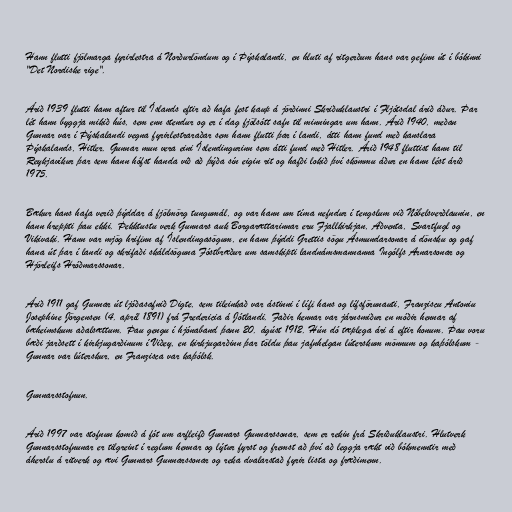
Hann flutti fjölmarga fyrirlestra á Norðurlöndum og í Þýskalandi, en hluti af ritgerðum hans var gefinn út í bókinni
"Det Nordiske rige".

Árið 1939 flutti hann aftur til Íslands eftir að hafa fest kaup á jörðinni Skriðuklaustri í Fljótsdal árið áður. Þar
lét hann byggja mikið hús, sem enn stendur og er í dag fjölsótt safn til minningar um hann. Árið 1940, meðan
Gunnar var í Þýskalandi vegna fyrirlestraraðar sem hann flutti þar í landi, átti hann fund með kanslara
Þýskalands, Hitler. Gunnar mun vera eini Íslendingurinn sem átti fund með Hitler. Árið 1948 fluttist hann til
Reykjavíkur þar sem hann hófst handa við að þýða sín eigin rit og hafði lokið því skömmu áður en hann lést árið
1975.

Bækur hans hafa verið þýddar á fjölmörg tungumál, og var hann um tíma nefndur í tengslum við Nóbelsverðlaunin, en
hann hreppti þau ekki. Þekktustu verk Gunnars auk Borgarættarinnar eru Fjallkirkjan, Aðventa, Svartfugl og
Vikivaki. Hann var mjög hrifinn af Íslendingasögum, en hann þýddi Grettis sögu Ásmundarsonar á dönsku og gaf
hana út þar í landi og skrifaði skáldsöguna Fóstbræður um samskipti landnámsmannanna Ingólfs Arnarsonar og
Hjörleifs Hróðmarssonar.

Árið 1911 gaf Gunnar út ljóðasafnið Digte, sem tileinkað var ástinni í lífi hans og lífsförunauti, Franziscu Antoniu
Josephine Jörgensen (4. apríl 1891) frá Fredericia á Jótlandi. Faðir hennar var járnsmiður en móðir hennar af
bæheimskum aðalsættum. Þau gengu í hjónaband þann 20. ágúst 1912. Hún dó tæplega ári á eftir honum. Þau voru
bæði jarðsett í kirkjugarðinum í Viðey, en kirkjugarðinn þar töldu þau jafnhelgan lúterskum mönnum og kaþólskum -
Gunnar var lúterskur, en Franzisca var kaþólsk.

Gunnarsstofnun.

Árið 1997 var stofnun komið á fót um arfleifð Gunnars Gunnarssonar, sem er rekin frá Skriðuklaustri. Hlutverk
Gunnarsstofnunar er tilgreint í reglum hennar og lýtur fyrst og fremst að því að leggja rækt við bókmenntir með
áherslu á ritverk og ævi Gunnars Gunnarssonar og reka dvalarstað fyrir lista og fræðimenn.